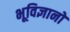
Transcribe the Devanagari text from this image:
भूविज्ञानों